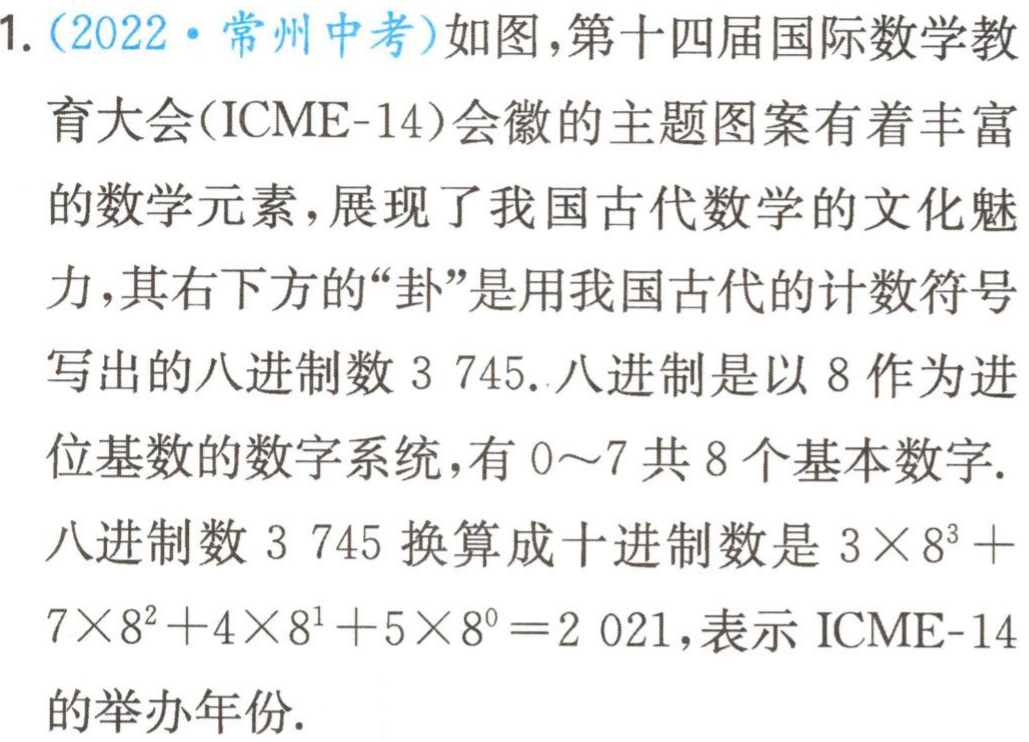
1.（2022·常州中考）如图，第十四届国际数学教育大会(ICME-14)会徽的主题图案有着丰富的数学元素，展现了我国古代数学的文化魅力，其右下方的“卦”是用我国古代的计数符号写出的八进制数 3 745. 八进制是以 8 作为进位基数的数字系统，有 0～7 共 8 个基本数字. 八进制数 3 745 换算成十进制数是 \(3\times8^{3}+7\times8^{2}+4\times8^{1}+5\times8^{0}=2 021\)，表示 ICME-14 的举办年份.